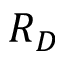
R _ { D }